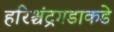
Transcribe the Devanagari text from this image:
हरिश्चंद्रगडाकडे